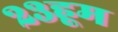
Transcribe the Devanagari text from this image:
२३हूम